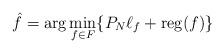
LaTeX: \begin{align*}\hat f=\arg\min_{f\in F}\{P_N\ell_f+{\rm reg}(f)\}\end{align*}